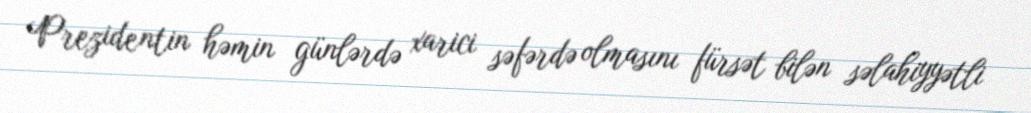
Prezidentin həmin günlərdə xarici səfərdə olmasını fürsət bilən səlahiyyətli